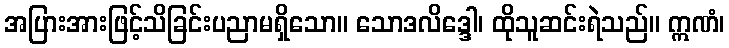
အပြားအားဖြင့်သိခြင်းပညာမရှိသော။ သောဒလိဒ္ဒေါ၊ ထိုသူဆင်းရဲသည်။ ဣဏံ၊